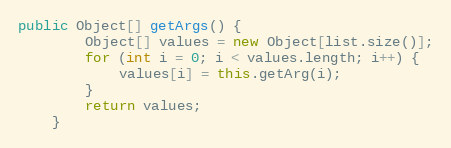
Language: Java
public Object[] getArgs() {
		Object[] values = new Object[list.size()];
		for (int i = 0; i < values.length; i++) {
			values[i] = this.getArg(i);
		}
		return values;
	}